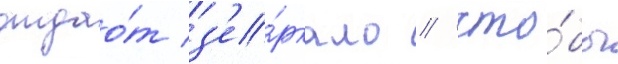
отдао́т з'е́ркало / что́бы